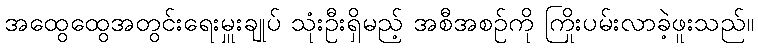
အထွေထွေအတွင်းရေးမှူးချုပ် သုံးဦးရှိမည့် အစီအစဉ်ကို ကြိုးပမ်းလာခဲ့ဖူးသည်။